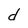
Character: d